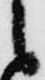
候